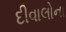
દીવાલોના